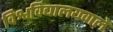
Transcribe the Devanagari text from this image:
विश्वविद्यालयवाले